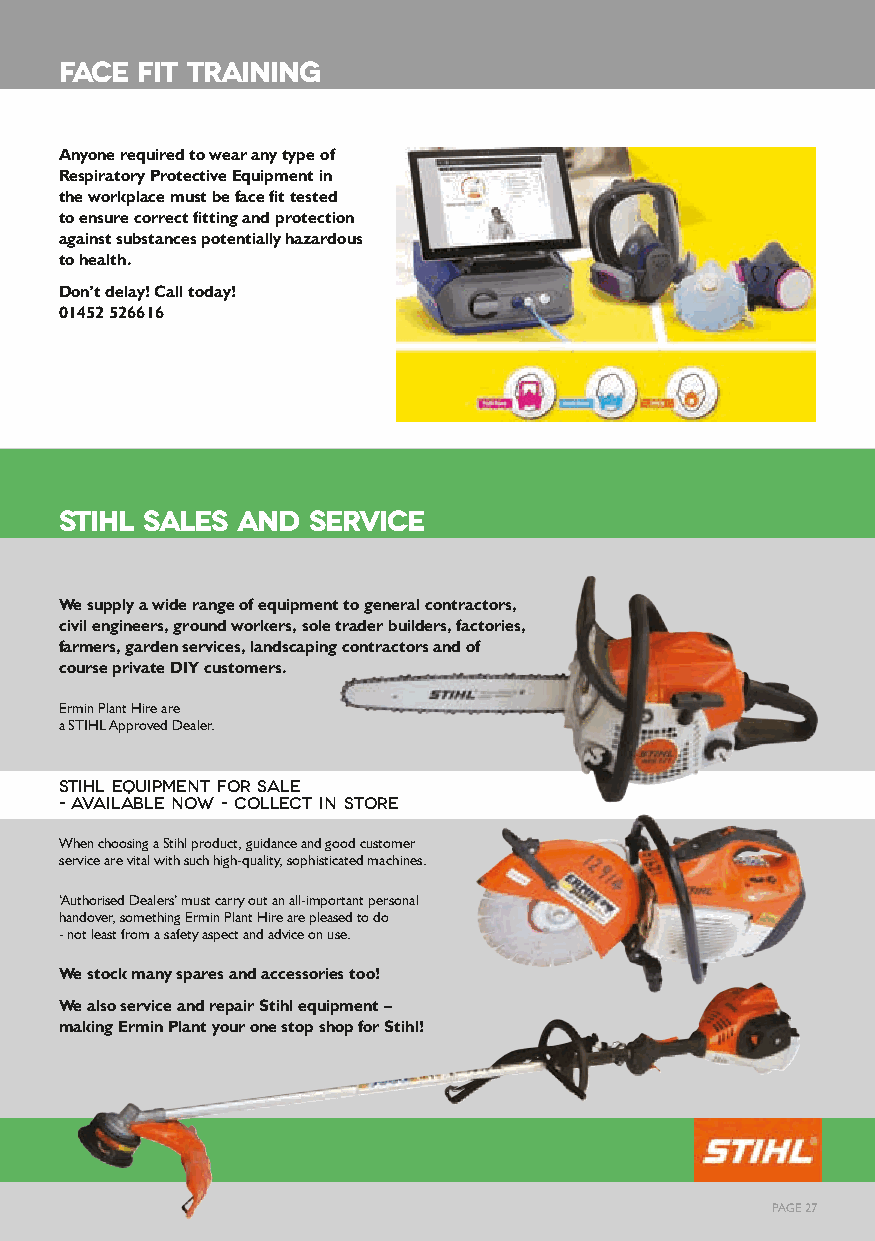
FACE FIT TRAINING
 Anyone required to wear any type of
 Respiratory Protective Equipment in
 the workplace must be face fit tested
 to ensure correct fitting and protection
 against substances potentially hazardous
 to health.
 Don’t delay! Call today!
 01452 526616
 STIHL SALES AND SERVICE
 We supply a wide range of equipment to general contractors,
 civil engineers, ground workers, sole trader builders, factories,
 farmers, garden services, landscaping contractors and of
 course private DIY customers.
 Ermin Plant Hire are
 a STIHL Approved Dealer.
 STIHL Equipment for Sale
 - Available Now - Collect in Store
 When choosing a Stihl product, guidance and good customer
 service are vital with such high-quality, sophisticated machines.
 ‘Authorised Dealers’ must carry out an all-important personal
 handover, something Ermin Plant Hire are pleased to do
 - not least from a safety aspect and advice on use.
 We stock many spares and accessories too!
 We also service and repair Stihl equipment –
 making Ermin Plant your one stop shop for Stihl!
 PAGE 27